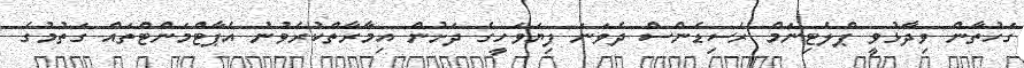
ގަހުތާން ވިދާޅުވީ ޕްލެޓިނަމް ރެސިޑެންސް ދެވަނަ ފިޔަވަހީގެ ދަށުން އިމާރާތްކުރެވުނު އެޕާޓްމަންޓްތައް ގަތުމުގެ